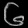
Digit: ၆